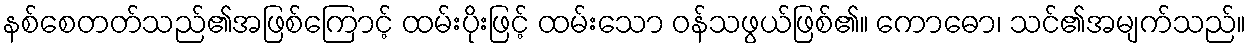
နစ်စေတတ်သည်၏အဖြစ်ကြောင့် ထမ်းပိုးဖြင့် ထမ်းသော ဝန်သဖွယ်ဖြစ်၏။ ကောဓော၊ သင်၏အမျက်သည်။